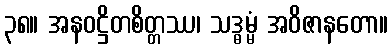
၃၈။ အနဝဋ္ဌိတစိတ္တဿ၊ သဒ္ဓမ္မံ အဝိဇာနတော။